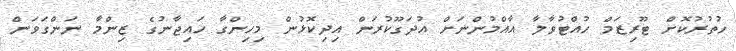
ހުތުރުކޮށް ޓޫރިޒަމް ހުއްޓުވާލާ އާއްމުންނަށް އުދަގޫކުރަން އިދިކޮޅުން މިހިންގާ ހައިޖާނުގެ ޒިންމާ ނަންގަވަން